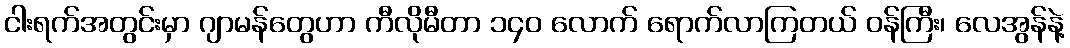
ငါးရက်အတွင်းမှာ ဂျာမန်တွေဟာ ကီလိုမီတာ ၁၄၀ လောက် ရောက်လာကြတယ် ဝန်ကြီး၊ လေအွန်နဲ့